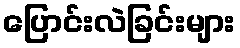
ပြောင်းလဲခြင်းများ